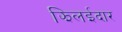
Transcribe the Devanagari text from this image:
झिलईदार